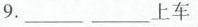
9.________上车